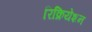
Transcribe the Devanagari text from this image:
रिक्रियेशन